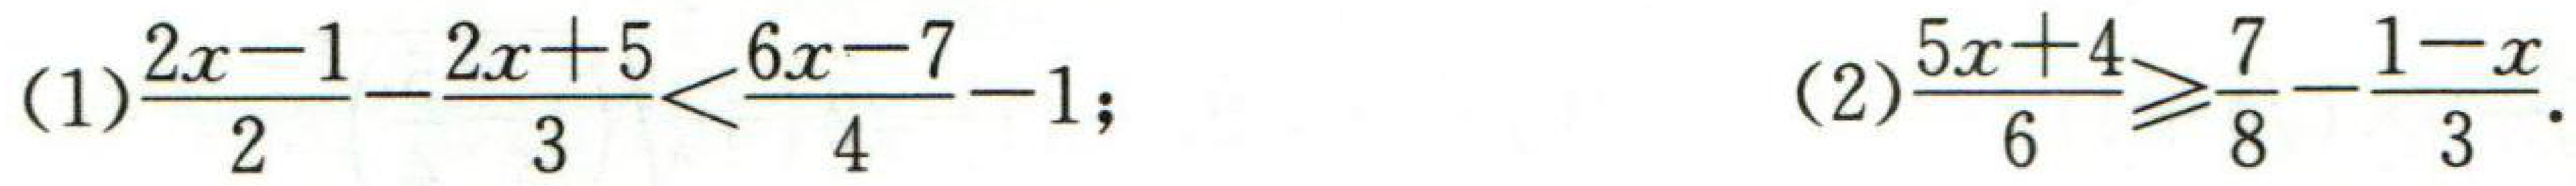
(1)$\frac{2x - 1}{2}-\frac{2x + 5}{3}<\frac{6x - 7}{4}-1$; (2)$\frac{5x + 4}{6}\geqslant\frac{7}{8}-\frac{1 - x}{3}$